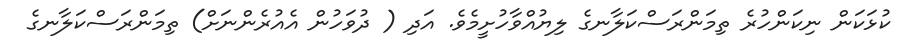
ކުޅަކަން ނިކަންހުރެ ތިމަންރަސްކަލާނގެ ލިޔުއްވާހުށީމެވެ. އަދި ( ދުވަހުން އެއުރެންނަށް) ތިމަންރަސްކަލާނގެ